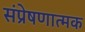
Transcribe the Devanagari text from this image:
संप्रेषणात्मक